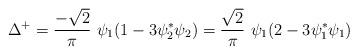
LaTeX: \begin{align*}\Delta^+= \frac{-\sqrt{2}}{\pi}~ \psi_1 (1-3 \psi_2^{*} \psi_2)=\frac{\sqrt{2}}{\pi}~ \psi_1 (2-3\psi_1^{*} \psi_1)\end{align*}